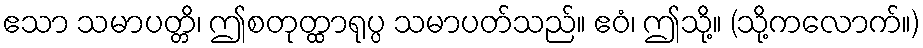
ဧသာ သမာပတ္တိ၊ ဤစတုတ္ထာရုပ္ပ သမာပတ်သည်။ ဧဝံ၊ ဤသို့။ (သို့ကလောက်။)